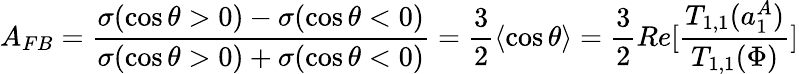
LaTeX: A_{FB}=\frac{\sigma(\cos\theta>0)-\sigma(\cos\theta<0)}{\sigma(\cos\theta>0)+\sigma(\cos\theta<0)}=\frac{3}{2}\langle\cos\theta\rangle=\frac{3}{2}Re[\frac{T_{1,1}(a_{1}^{A})}{T_{1,1}(\Phi)}]